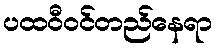
ပထဝီဝင်တည်နေရာ